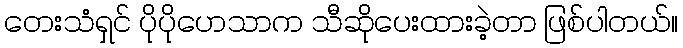
တေးသံရှင် ပိုပိုဟေသာက သီဆိုပေးထားခဲ့တာ ဖြစ်ပါတယ်။